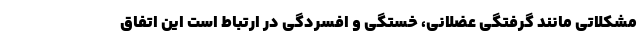
مشکلاتی مانند گرفتگی عضلانی، خستگی و افسردگی در ارتباط است این اتفاق